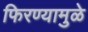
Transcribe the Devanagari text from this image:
फिरण्यामुळे